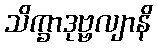
သိက္ခာဒုဗ္ဗလျာနိ